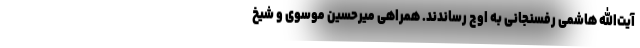
آیت‌الله هاشمی رفسنجانی به اوج رساندند. همراهی میرحسین موسوی و شیخ